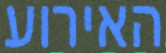
האירוע